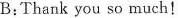
B:Thank you so much!